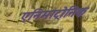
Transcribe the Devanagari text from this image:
एनिमाट्रोनिक